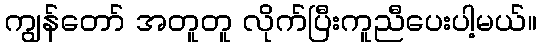
ကျွန်တော် အတူတူ လိုက်ပြီးကူညီပေးပါ့မယ်။